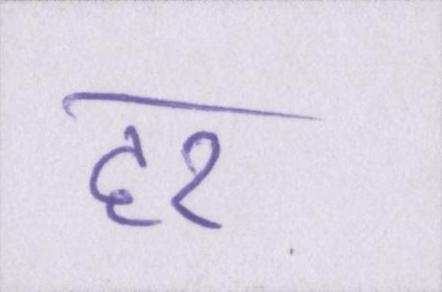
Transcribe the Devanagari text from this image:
हर